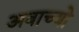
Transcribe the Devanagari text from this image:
अवाच्यो